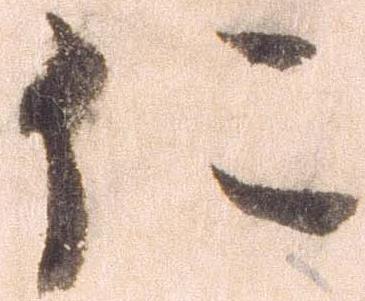
仁